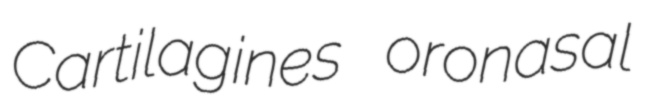
Cartilagines oronasal